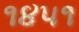
૧૪૫૧